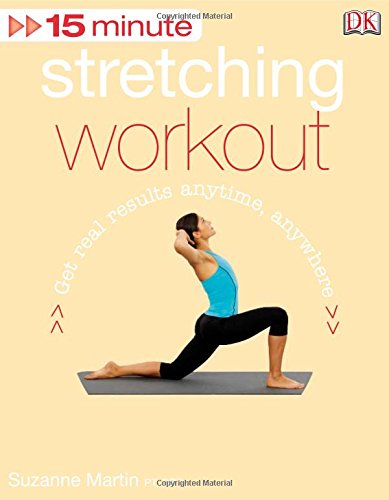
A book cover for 15 Minute Stretching Workout + DVD; Suzanne Martin; Health, Fitness & Dieting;